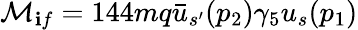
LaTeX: {\cal{M}}_{\mathbf{i}f}=144mq\bar{{u}}_{s^{\prime}}(p_{2})\gamma_{5}u_{s}(p_{1})